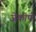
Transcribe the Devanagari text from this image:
जेकोपो